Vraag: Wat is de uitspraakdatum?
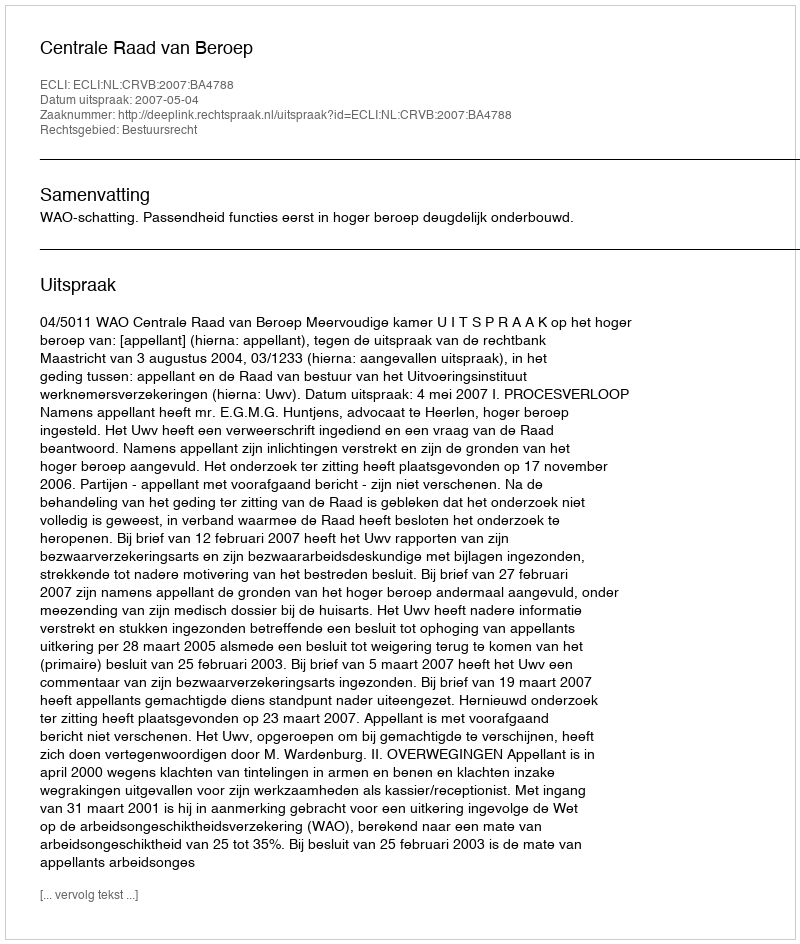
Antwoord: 2007-05-04